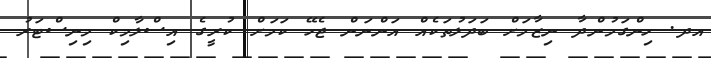
އދ. ހިންގަމުންދާ ނިޒާމަށް ބަދަލުތަކެއް އަންނަން ޖެހޭ ކަމަށް ކުރީގެ އިސްލާމިކް މިނިސްޓަރު